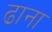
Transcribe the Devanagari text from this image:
ढाना